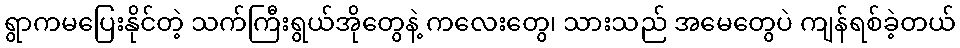
ရွာကမပြေးနိုင်တဲ့ သက်ကြီးရွယ်အိုတွေနဲ့ ကလေးတွေ၊ သားသည် အမေတွေပဲ ကျန်ရစ်ခဲ့တယ်